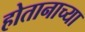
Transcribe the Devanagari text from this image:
होतानाच्या